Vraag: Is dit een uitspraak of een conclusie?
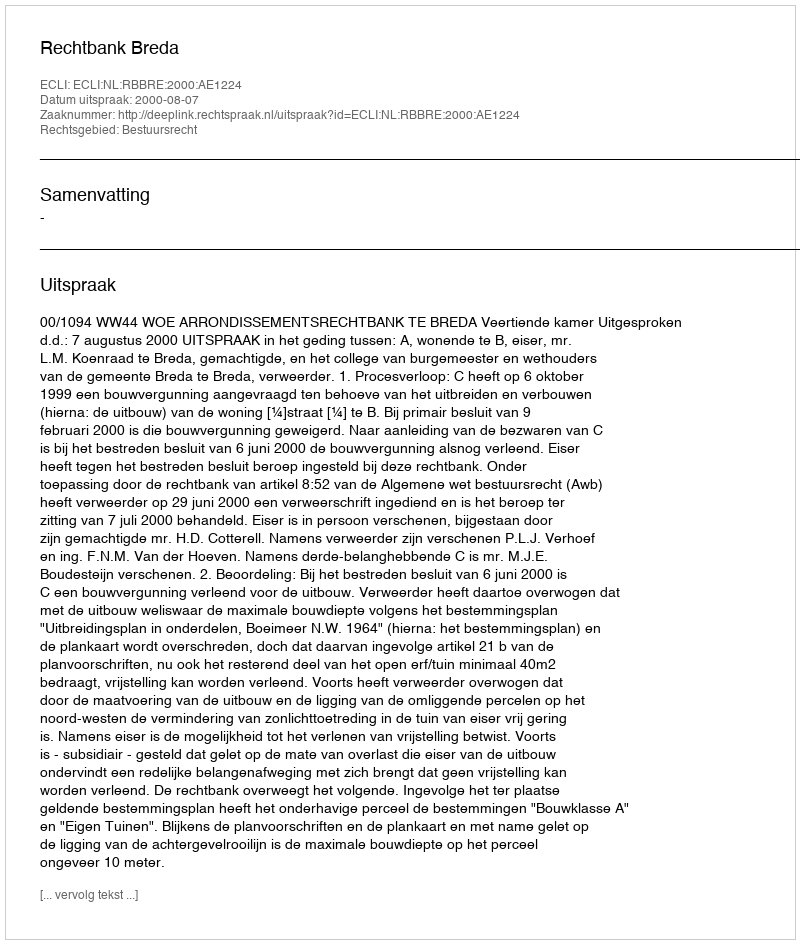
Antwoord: Uitspraak